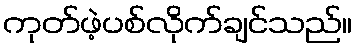
ကုတ်ဖဲ့ပစ်လိုက်ချင်သည်။